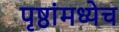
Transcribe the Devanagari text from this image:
पृष्ठांमध्येच